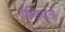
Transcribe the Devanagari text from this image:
तोंग्तियान्हे